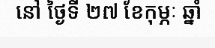
នៅ ថ្ងៃទី ២៧ ខែកុម្ភៈ ឆ្នាំ